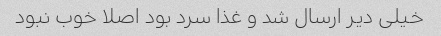
خیلی دیر ارسال شد و غذا سرد بود اصلا خوب نبود